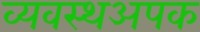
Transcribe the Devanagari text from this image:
व्यवस्थअपक